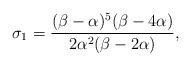
LaTeX: \begin{align*} \sigma_1 = \dfrac{(\beta - \alpha)^5(\beta - 4\alpha)}{2\alpha^2(\beta - 2\alpha)}, \end{align*}